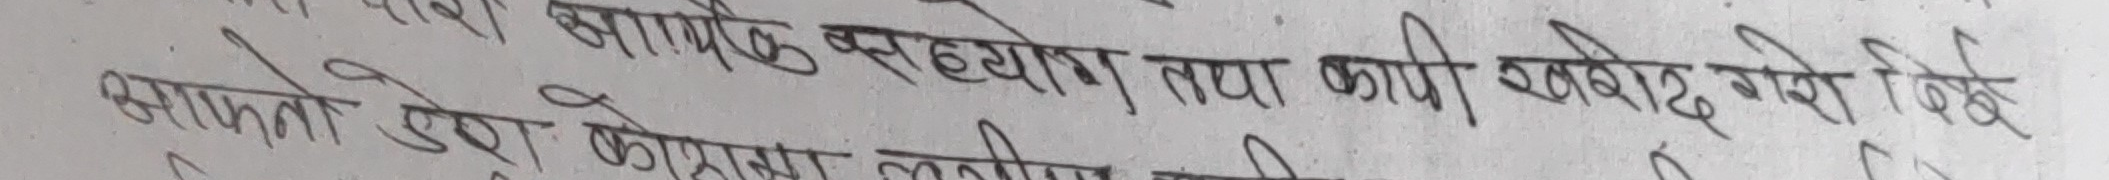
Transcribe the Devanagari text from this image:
सामूहिक सहयोग तथा कापी खरिद गर्ने
अथवा तेस्रो कोठामा लगी